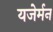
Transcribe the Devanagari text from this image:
यजेर्मन